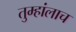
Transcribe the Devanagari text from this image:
तुम्हांलाच